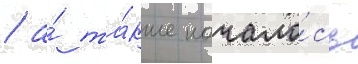
/ а́ та́кже начало́сь